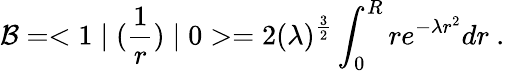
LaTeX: {\cal B}=<1\mid({\frac{1}{r}})\mid 0>=2(\lambda)^{{\frac{3}{2}}}\int_{0}^{R}re^{-\lambda r^{2}}dr~.